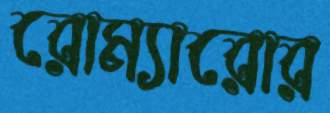
রোম্যারোর